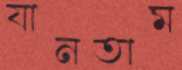
যানতাম